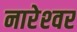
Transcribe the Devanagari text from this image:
नारेश्‍वर